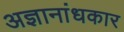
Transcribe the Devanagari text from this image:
अज्ञानांधकार